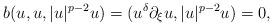
LaTeX: \begin{align*}b(u,u,|u|^{p-2}u)= (u^{\delta}\partial_{\xi} u , |u|^{p-2}u)=0,\end{align*}